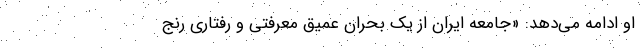
او ادامه می‌دهد: «جامعه ایران از یک بحران عمیق معرفتی و رفتاری رنج